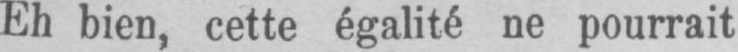
Eh bien, cette égalité ne pourrait